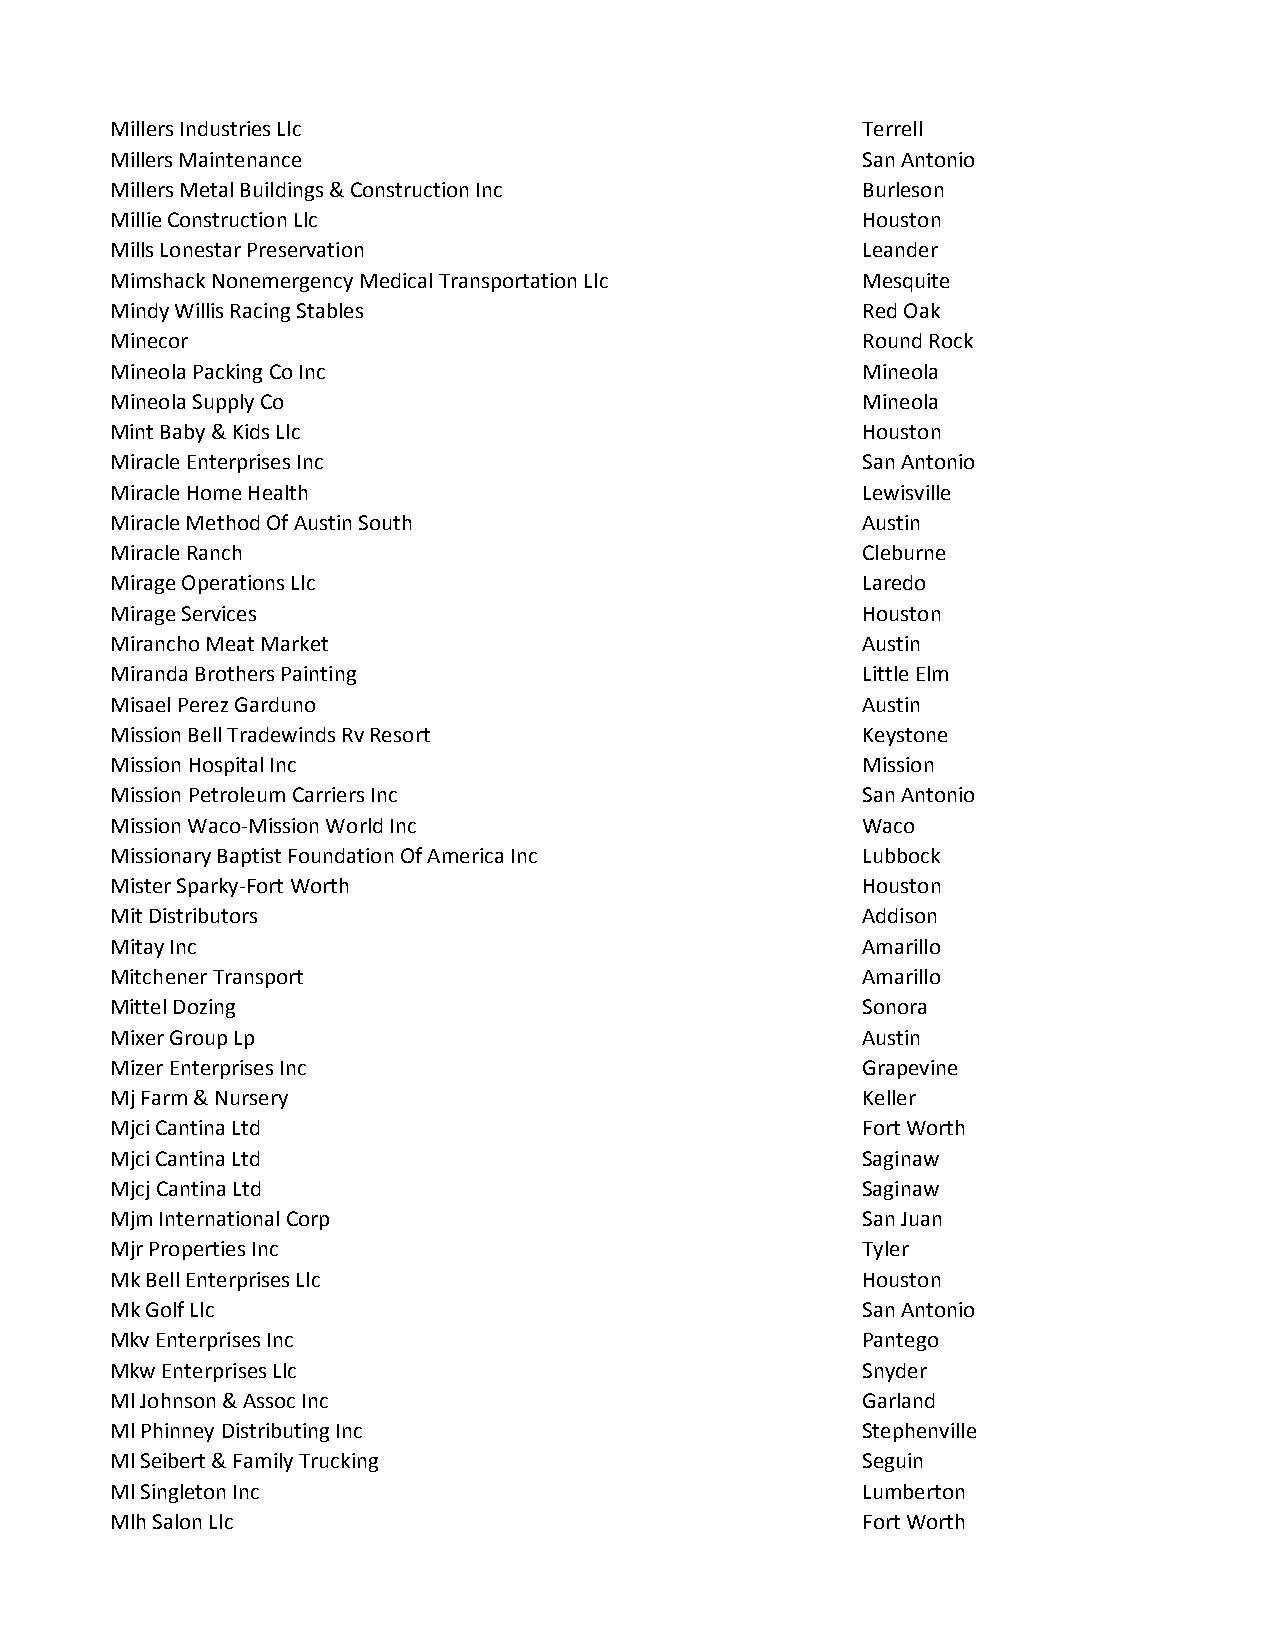
Millers Industries Llc                            Terrell
 Millers Maintenance                               San Antonio
 Millers Metal Buildings & Construction Inc        Burleson
 Millie Construction Llc                           Houston
 Mills Lonestar Preservation                       Leander
 Mimshack Nonemergency Medical Transportation Llc  Mesquite
 Mindy Willis Racing Stables                       Red Oak
 Minecor                                           Round Rock
 Mineola Packing Co Inc                            Mineola
 Mineola Supply Co                                 Mineola
 Mint Baby & Kids Llc                              Houston
 Miracle Enterprises Inc                           San Antonio
 Miracle Home Health                               Lewisville
 Miracle Method Of Austin South                    Austin
 Miracle Ranch                                     Cleburne
 Mirage Operations Llc                             Laredo
 Mirage Services                                   Houston
 Mirancho Meat Market                              Austin
 Miranda Brothers Painting                         Little Elm
 Misael Perez Garduno                              Austin
 Mission Bell Tradewinds Rv Resort                 Keystone
 Mission Hospital Inc                              Mission
 Mission Petroleum Carriers Inc                    San Antonio
 Mission Waco-Mission World Inc                    Waco
 Missionary Baptist Foundation Of America Inc      Lubbock
 Mister Sparky-Fort Worth                          Houston
 Mit Distributors                                  Addison
 Mitay Inc                                         Amarillo
 Mitchener Transport                               Amarillo
 Mittel Dozing                                     Sonora
 Mixer Group Lp                                    Austin
 Mizer Enterprises Inc                             Grapevine
 Mj Farm & Nursery                                 Keller
 Mjci Cantina Ltd                                  Fort Worth
 Mjci Cantina Ltd                                  Saginaw
 Mjcj Cantina Ltd                                  Saginaw
 Mjm International Corp                            San Juan
 Mjr Properties Inc                                Tyler
 Mk Bell Enterprises Llc                           Houston
 Mk Golf Llc                                       San Antonio
 Mkv Enterprises Inc                               Pantego
 Mkw Enterprises Llc                               Snyder
 Ml Johnson & Assoc Inc                            Garland
 Ml Phinney Distributing Inc                       Stephenville
 Ml Seibert & Family Trucking                      Seguin
 Ml Singleton Inc                                  Lumberton
 Mlh Salon Llc                                     Fort Worth